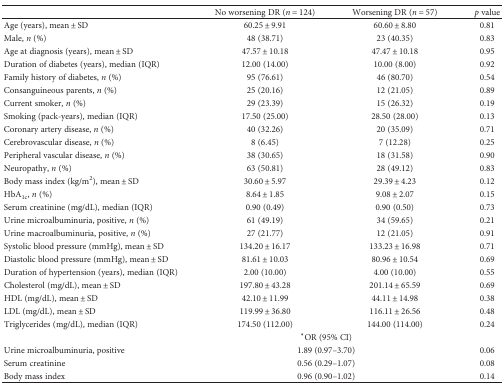
<table><thead><tr><td></td><td><b>No worsening DR (<i>n</i> = 124)</b></td><td><b>Worsening DR (<i>n</i> = 57)</b></td><td><b><i>p</i> value</b></td></tr></thead><tbody><tr><td>Age (years), mean ± SD</td><td>60.25 ± 9.91</td><td>60.60 ± 8.80</td><td>0.81</td></tr><tr><td>Male, <i>n</i> (%)</td><td>48 (38.71)</td><td>23 (40.35)</td><td>0.83</td></tr><tr><td>Age at diagnosis (years), mean ± SD</td><td>47.57 ± 10.18</td><td>47.47 ± 10.18</td><td>0.95</td></tr><tr><td>Duration of diabetes (years), median (IQR)</td><td>12.00 (14.00)</td><td>10.00 (8.00)</td><td>0.92</td></tr><tr><td>Family history of diabetes, <i>n</i> (%)</td><td>95 (76.61)</td><td>46 (80.70)</td><td>0.54</td></tr><tr><td>Consanguineous parents, <i>n</i> (%)</td><td>25 (20.16)</td><td>12 (21.05)</td><td>0.89</td></tr><tr><td>Current smoker, <i>n</i> (%)</td><td>29 (23.39)</td><td>15 (26.32)</td><td>0.19</td></tr><tr><td>Smoking (pack-years), median (IQR)</td><td>17.50 (25.00)</td><td>28.50 (28.00)</td><td>0.13</td></tr><tr><td>Coronary artery disease, <i>n</i> (%)</td><td>40 (32.26)</td><td>20 (35.09)</td><td>0.71</td></tr><tr><td>Cerebrovascular disease, <i>n</i> (%)</td><td>8 (6.45)</td><td>7 (12.28)</td><td>0.25</td></tr><tr><td>Peripheral vascular disease, <i>n</i> (%)</td><td>38 (30.65)</td><td>18 (31.58)</td><td>0.90</td></tr><tr><td>Neuropathy, <i>n</i> (%)</td><td>63 (50.81)</td><td>28 (49.12)</td><td>0.83</td></tr><tr><td>Body mass index (kg/m<sup>2</sup>), mean ± SD</td><td>30.60 ± 5.97</td><td>29.39 ± 4.23</td><td>0.12</td></tr><tr><td>HbA<sub>1c</sub>, <i>n</i> (%)</td><td>8.64 ± 1.85</td><td>9.08 ± 2.07</td><td>0.15</td></tr><tr><td>Serum creatinine (mg/dL), median (IQR)</td><td>0.90 (0.49)</td><td>0.90 (0.50)</td><td>0.73</td></tr><tr><td>Urine microalbuminuria, positive, <i>n</i> (%)</td><td>61 (49.19)</td><td>34 (59.65)</td><td>0.21</td></tr><tr><td>Urine macroalbuminuria, positive, <i>n</i> (%)</td><td>27 (21.77)</td><td>12 (21.05)</td><td>0.91</td></tr><tr><td>Systolic blood pressure (mmHg), mean ± SD</td><td>134.20 ± 16.17</td><td>133.23 ± 16.98</td><td>0.71</td></tr><tr><td>Diastolic blood pressure (mmHg), mean ± SD</td><td>81.61 ± 10.03</td><td>80.96 ± 10.54</td><td>0.69</td></tr><tr><td>Duration of hypertension (years), median (IQR)</td><td>2.00 (10.00)</td><td>4.00 (10.00)</td><td>0.55</td></tr><tr><td>Cholesterol (mg/dL), mean ± SD</td><td>197.80 ± 43.28</td><td>201.14 ± 65.59</td><td>0.69</td></tr><tr><td>HDL (mg/dL), mean ± SD</td><td>42.10 ± 11.99</td><td>44.11 ± 14.98</td><td>0.38</td></tr><tr><td>LDL (mg/dL), mean ± SD</td><td>119.99 ± 36.80</td><td>116.11 ± 26.56</td><td>0.48</td></tr><tr><td>Triglycerides (mg/dL), median (IQR)</td><td>174.50 (112.00)</td><td>144.00 (114.00)</td><td>0.24</td></tr><tr><td></td><td colspan="2"><sup>∗</sup>OR (95% CI)</td><td></td></tr><tr><td>Urine microalbuminuria, positive</td><td colspan="2">1.89 (0.97–3.70)</td><td>0.06</td></tr><tr><td>Serum creatinine</td><td colspan="2">0.56 (0.29–1.07)</td><td>0.08</td></tr><tr><td>Body mass index</td><td colspan="2">0.96 (0.90–1.02)</td><td>0.14</td></tr></tbody></table>